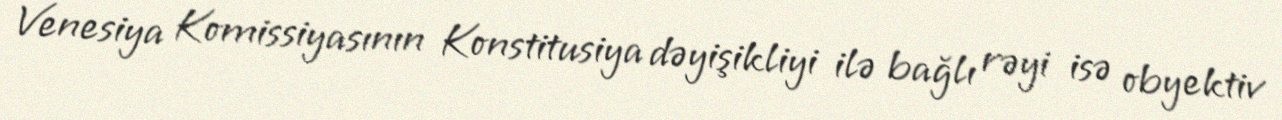
Venesiya Komissiyasının Konstitusiya dəyişikliyi ilə bağlı rəyi isə obyektiv